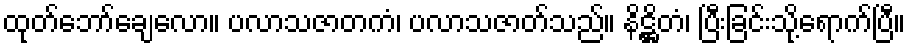
ထုတ်ဘော်ချေလော။ ပလာသဇာတကံ၊ ပလာသဇာတ်သည်။ နိဋ္ဌိတံ၊ ပြီးခြင်းသို့ရောက်ပြီ။